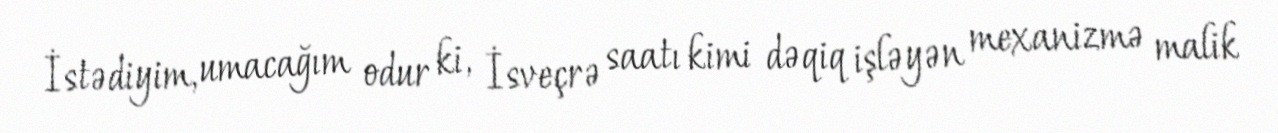
İstədiyim, umacağım odur ki, İsveçrə saatı kimi dəqiq işləyən mexanizmə malik